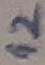
Text: 12